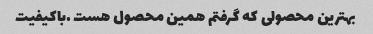
بهترین محصولی که گرفتم همین محصول هست .باکیفیت